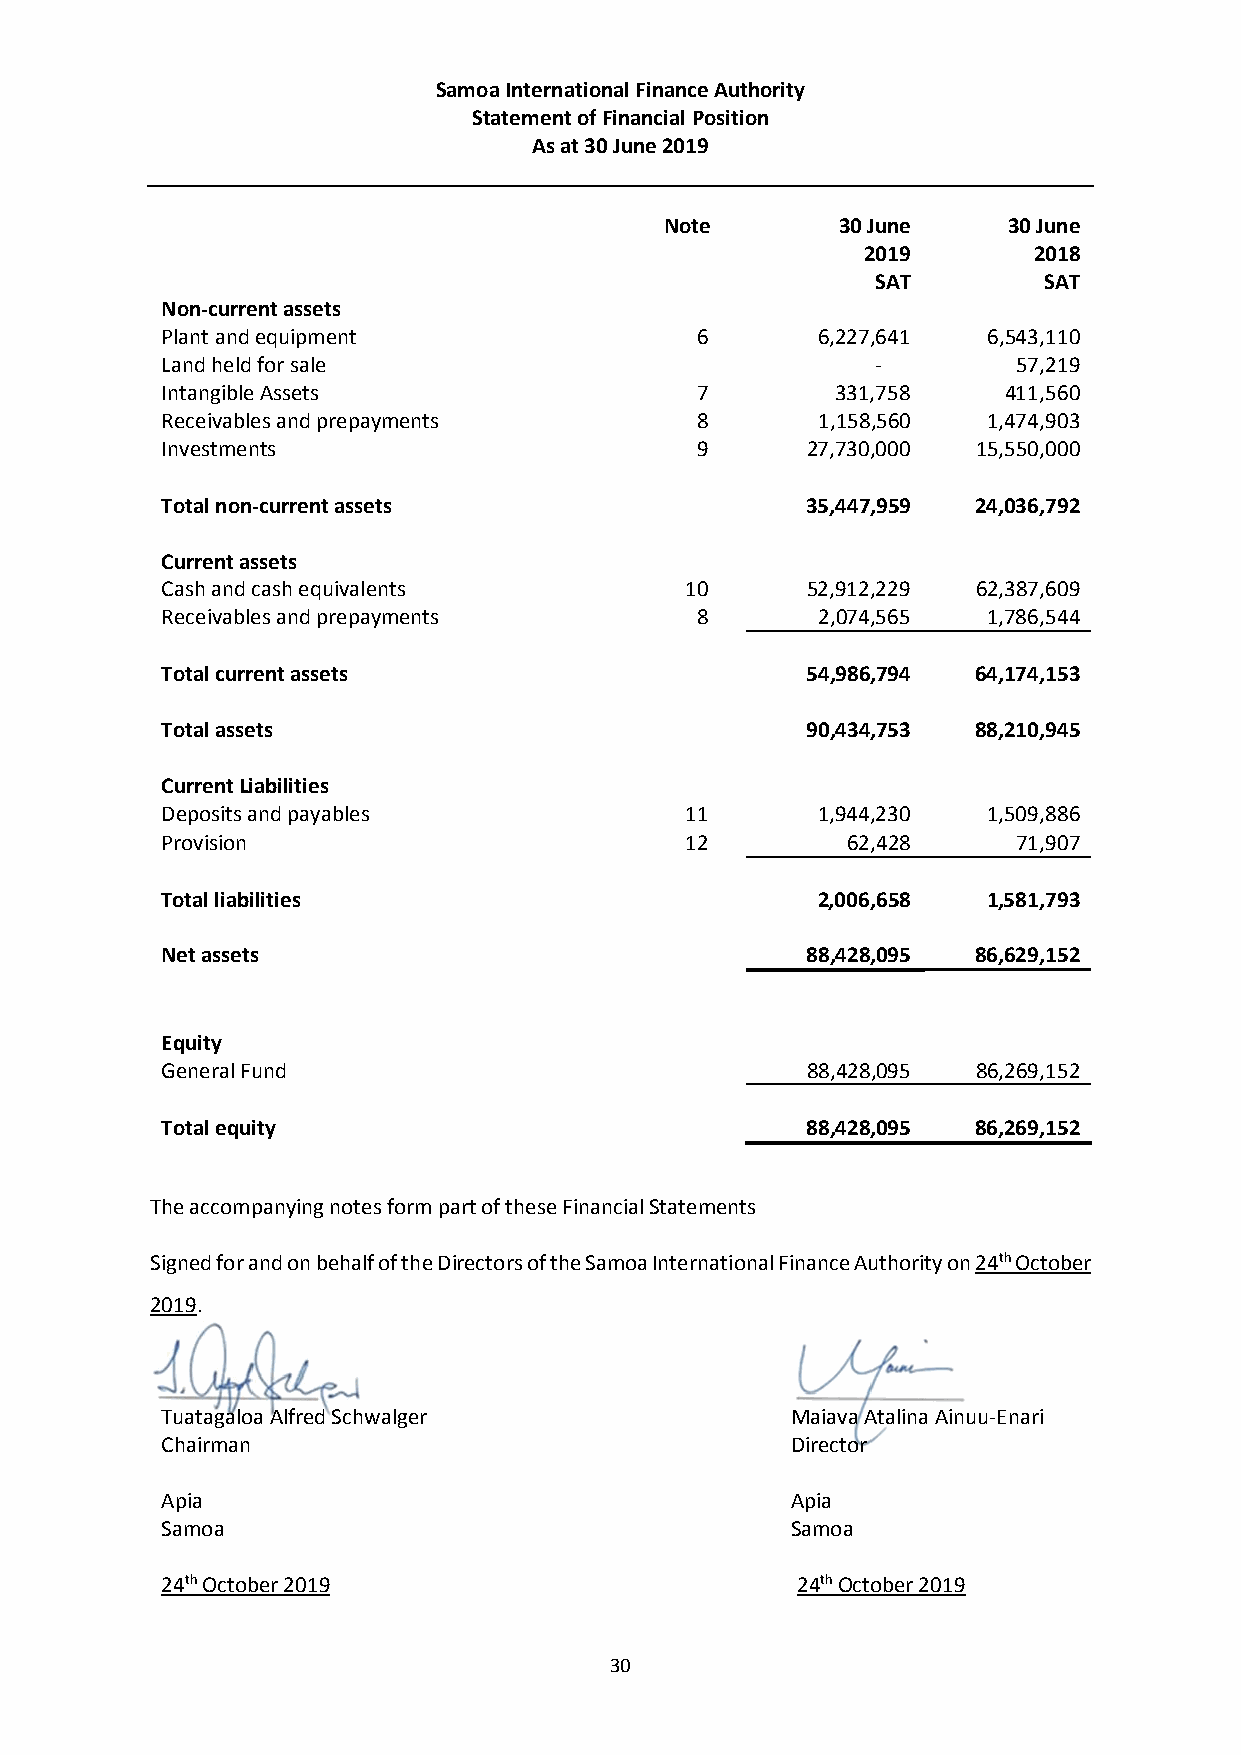
Samoa International Finance Authority
 Statement of Financial Position
 As at 30 June 2019
 Note       30 June     30 June
 2019       2018
 SAT        SAT
 Non-current assets
 Plant and equipment                6       6,227,641  6,543,110
 Land held for sale                             -        57,219
 Intangible Assets                  7        331,758    411,560
 Receivables and prepayments        8       1,158,560  1,474,903
 Investments                        9      27,730,000  15,550,000
 Total non-current assets                  35,447,959  24,036,792
 Current assets
 Cash and cash equivalents         10      52,912,229  62,387,609
 Receivables and prepayments        8       2,074,565  1,786,544
 Total current assets                      54,986,794  64,174,153
 Total assets                              90,434,753  88,210,945
 Current Liabilities
 Deposits and payables             11       1,944,230  1,509,886
 Provision                         12         62,428     71,907
 Total liabilities                          2,006,658  1,581,793
 Net assets                                88,428,095  86,629,152
 Equity
 General Fund                              88,428,095  86,269,152
 Total equity                              88,428,095  86,269,152
 The accompanying notes form part of these Financial Statements
 Signed for and on behalf of the Directors of the Samoa International Finance Authority on 24th October
 2019.
 Tuatagaloa Alfred Schwalger              Maiava Atalina Ainuu-Enari
 Chairman                                 Director
 Apia                                     Apia
 Samoa                                    Samoa
 24th October 2019                         24th October 2019
 30